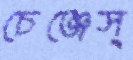
চেঞ্জেস্